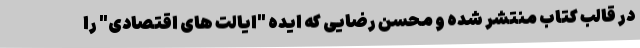
در قالب کتاب منتشر شده و محسن رضایی که ایده "ایالت های اقتصادی" را